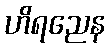
ဟိရညေန